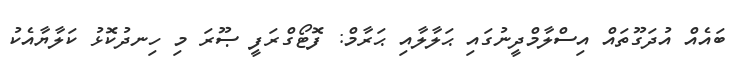
ބައެއް އުދަގޫތައް އިސްލާމްދީނުގައި ޙަލާލާއި ޙަރާމް: ފޮޓޯގްރަފީ ޞޫރަ މި ހިނދުކޮޅު ކަލާޔާއެކު